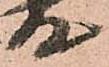
存